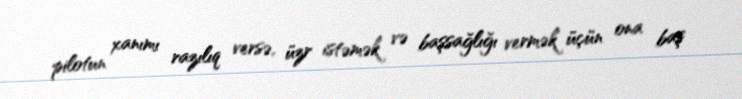
pilotun xanımı razılıq versə, üzr istəmək və başsağlığı vermək üçün ona baş